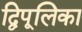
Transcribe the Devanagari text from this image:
द्विपूलिका